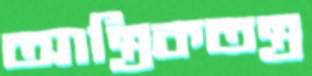
আন্ত্রিকতন্ত্র